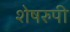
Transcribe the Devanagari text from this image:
शेषरुपी